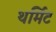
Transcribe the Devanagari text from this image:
थर्मिट